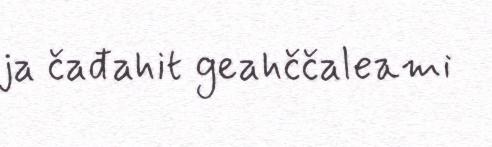
ja čađahit geahččaleami